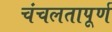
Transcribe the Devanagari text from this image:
चंचलतापूर्ण